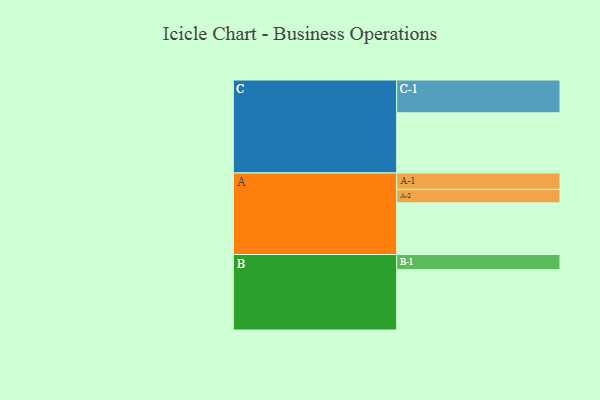
{"axis": {"x": "Segment", "y": "Value"}, "legend": ["", "A", "B", "C"], "data": [{"x": "A", "y": 419, "type": ""}, {"x": "B", "y": 489, "type": ""}, {"x": "C", "y": 488, "type": ""}, {"x": "A-1", "y": 133, "type": "A"}, {"x": "A-2", "y": 109, "type": "A"}, {"x": "B-1", "y": 123, "type": "B"}, {"x": "C-1", "y": 266, "type": "C"}]}